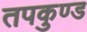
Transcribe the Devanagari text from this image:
तपकुण्ड